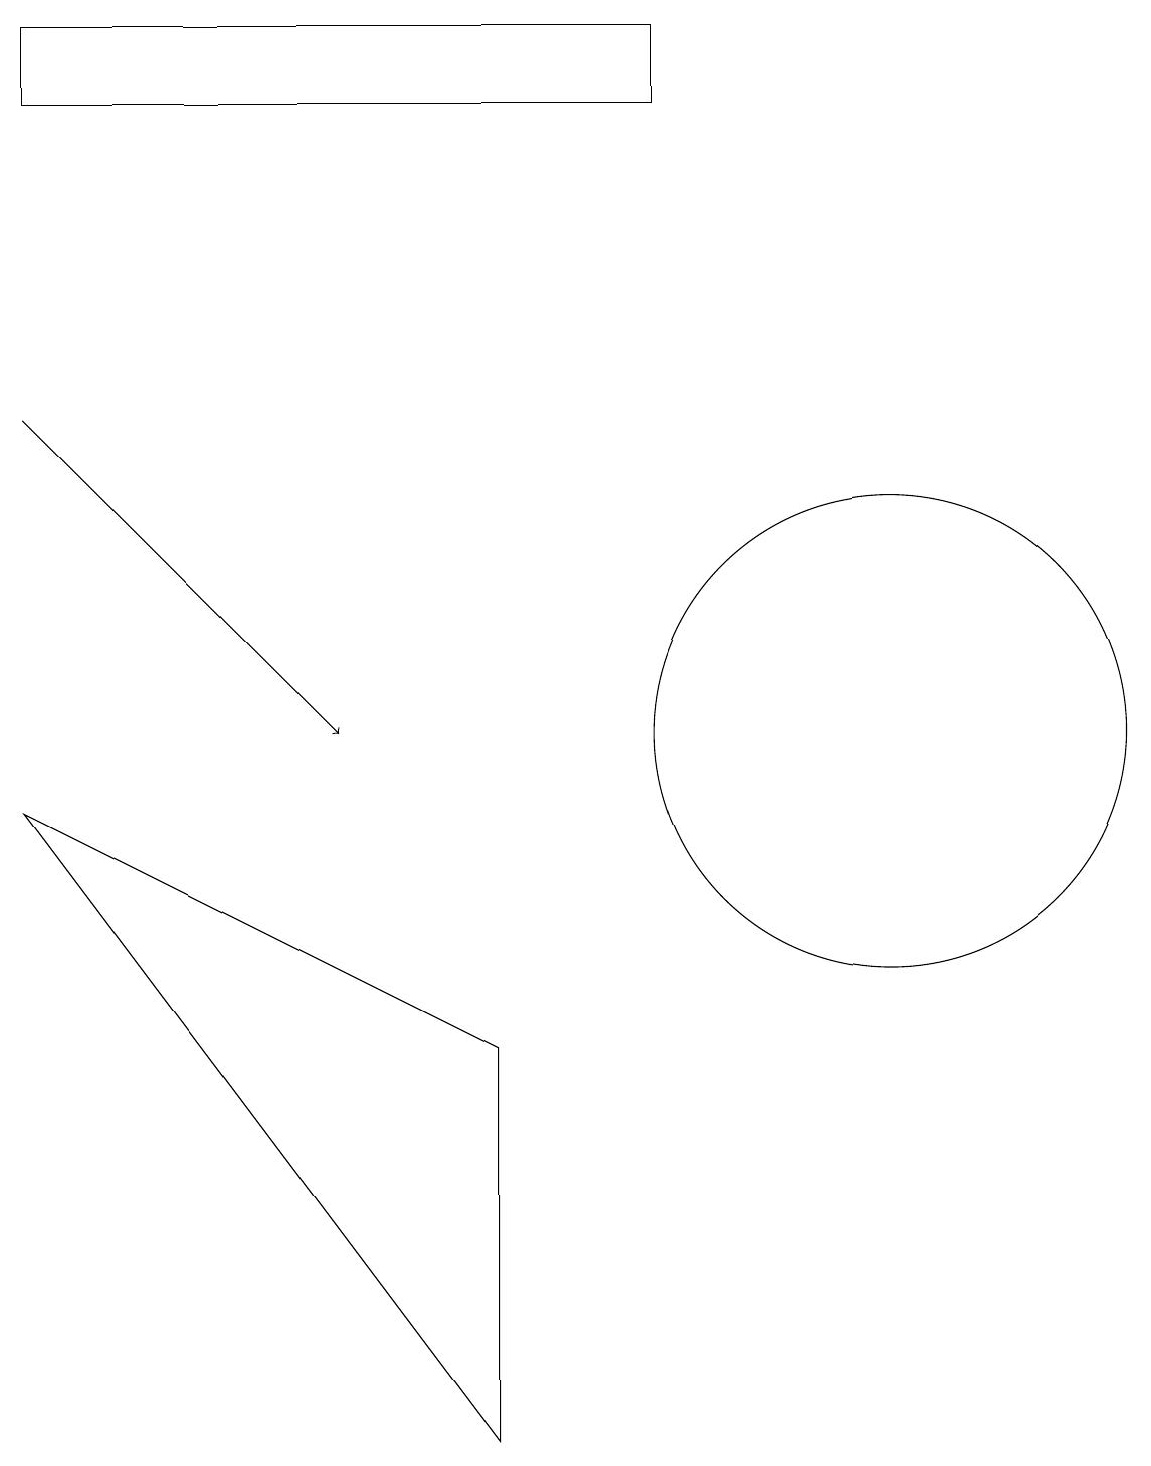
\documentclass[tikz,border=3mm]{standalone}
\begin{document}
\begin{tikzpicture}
\draw (11,10) circle (3);
\draw[->] (0,14) -- (4,10);
\draw (6,1) -- (6,6) -- (0,9) -- cycle;
\draw (11,11) circle (0);
\draw (0,18) rectangle (8,19);
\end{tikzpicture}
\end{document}